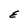
Character: E